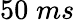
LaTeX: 50\; ms